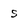
Character: s